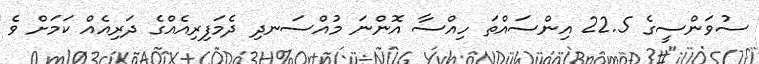
ސުވަންސީގެ 22.5 އިންސައްތަ ހިއްސާ އޮންނަ މުއްސަނދި ދެމަފިރިއެއްގެ ދަރިއެއް ކަމަށް ވެ